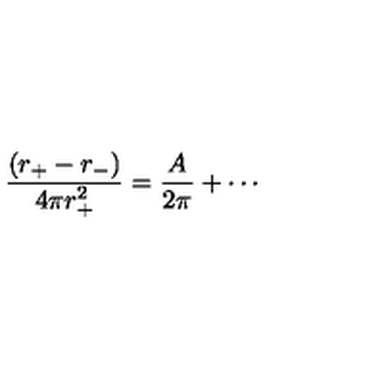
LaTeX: \frac { ( r _ { + } - r _ { - } ) } { 4 \pi r _ { + } ^ { 2 } } = \frac { A } { 2 \pi } + \cdots